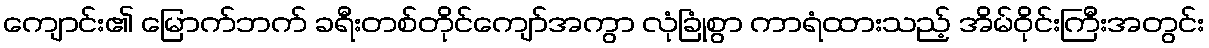
ကျောင်း၏ မြောက်ဘက် ခရီးတစ်တိုင်ကျော်အကွာ လုံခြုံစွာ ကာရံထားသည့် အိမ်ဝိုင်းကြီးအတွင်း